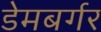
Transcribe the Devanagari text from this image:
डेमबर्गर